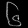
Digit: ၆